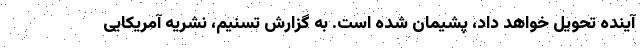
آینده تحویل خواهد داد، پشیمان شده است. به گزارش تسنیم، نشریه آمریکایی